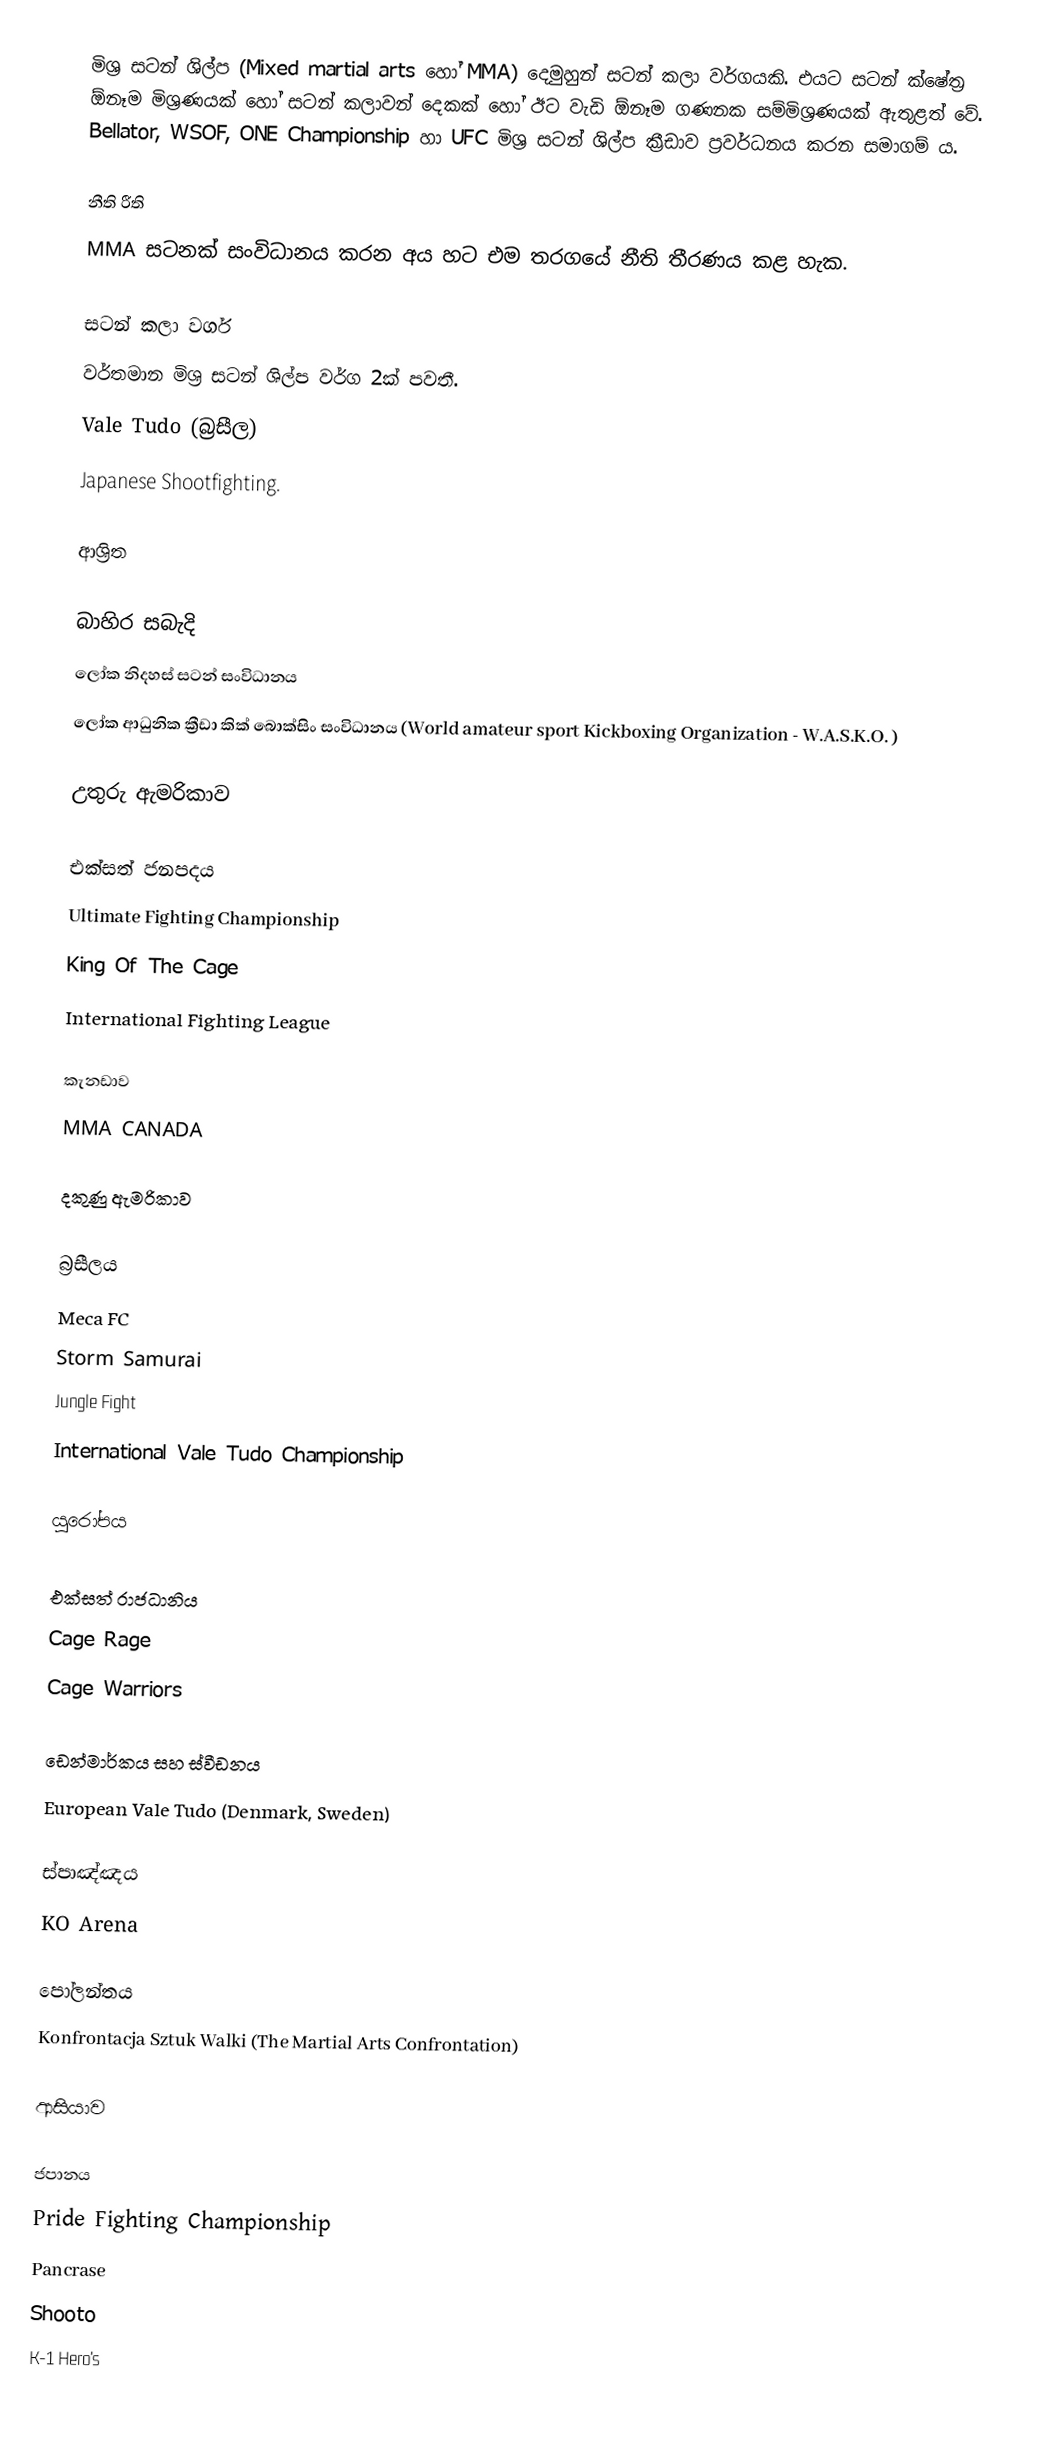
මිශ්‍ර සටන් ශිල්ප (Mixed martial arts හෝ MMA) දෙමුහුන් සටන් කලා වර්ගයකි. එයට සටන් ක්ෂේත්‍ර ඕනෑම මිශ්‍රණයක් හෝ සටන් කලාවන් දෙකක් හෝ ඊට වැඩි ඕනෑම ගණනක සම්මිශ්‍රණයක් ඇතුළත් වේ. Bellator, WSOF, ONE Championship හා UFC මිශ්‍ර සටන් ශිල්ප ක්‍රීඩාව ප්‍රවර්ධනය කරන සමාගම් ය.

නීති රීති
MMA සටනක් සංවිධානය කරන අය හට එම තරගයේ නීති තීරණය කළ හැක.

සටන් කලා වර්ග
වර්තමාන මිශ්‍ර සටන් ශිල්ප වර්ග 2ක් පවතී.
Vale Tudo (බ්‍රසීල)
Japanese Shootfighting.

ආශ්‍රිත

බාහිර සබැදි
 ලෝක නිදහස් සටන් සංවිධානය
 ලෝක ආධුනික ක්‍රීඩා කික් බොක්සිං සංවිධානය (World amateur sport Kickboxing Organization - W.A.S.K.O. )

උතුරු ඇමරිකාව

එක්සත් ජනපදය
 Ultimate Fighting Championship
 King Of The Cage
 International Fighting League

කැනඩාව
 MMA CANADA

දකුණු ඇමරිකාව

බ්‍රසීලය
 Meca FC
 Storm Samurai
 Jungle Fight
 International Vale Tudo Championship

යුරෝපය

එක්සත් රාජධානිය
 Cage Rage
 Cage Warriors

ඩෙන්මාර්කය සහ ස්වීඩනය
 European Vale Tudo (Denmark, Sweden)

ස්පාඤ්ඤය
 KO Arena

පෝලන්තය
 Konfrontacja Sztuk Walki (The Martial Arts Confrontation)

ආසියාව

ජපානය
 Pride Fighting Championship
 Pancrase
 Shooto
 K-1 Hero's